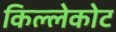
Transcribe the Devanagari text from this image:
किल्लेकोट